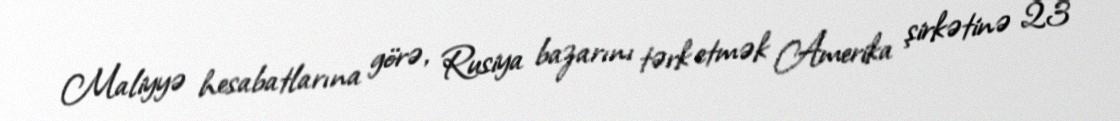
Maliyyə hesabatlarına görə, Rusiya bazarını tərk etmək Amerika şirkətinə 23